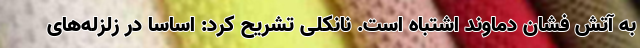
به آتش فشان دماوند اشتباه است. نانکلی تشریح کرد: اساساً در زلزله‌های